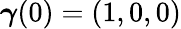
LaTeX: {\boldsymbol\gamma}(0)=(1,0,0)